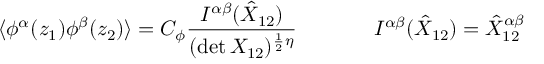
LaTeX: \begin{array} { c c } { { \displaystyle { \langle \phi ^ { \alpha } ( z _ { 1 } ) \phi ^ { \beta } ( z _ { 2 } ) \rangle = C _ { \phi } \frac { I ^ { \alpha \beta } ( \hat { { \cal X } } _ { 1 2 } ) } { ( \operatorname * { d e t } { \cal X } _ { 1 2 } ) ^ { \frac { 1 } { 2 } \eta } } } ~ ~ ~ ~ } } & { { ~ ~ ~ ~ I ^ { \alpha \beta } ( \hat { { \cal X } } _ { 1 2 } ) = \hat { { \cal X } } _ { 1 2 } ^ { \alpha \beta } } } \end{array}